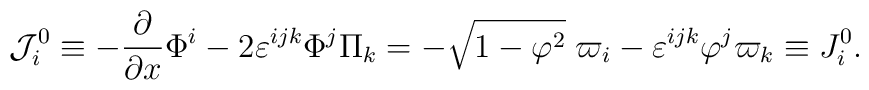
{\cal J}_i^0\equiv -\frac \partial {\partial x}\Phi^i-2\varepsilon ^{ijk}\Phi ^j\Pi _k=-\sqrt{1-{\varphi }^2}\;\varpi_i-\varepsilon ^{ijk}\varphi ^j\varpi _k\equiv J_i^0.